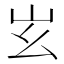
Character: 𡵏